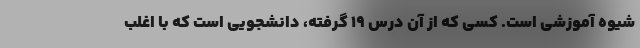
شیوه آموزشی است. کسی که از آن درس ۱۹ گرفته، دانشجویی است که با اغلب